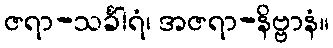
ဇရာ-သင်္ခါရံ၊ အဇရာ-နိဗ္ဗာနံ။